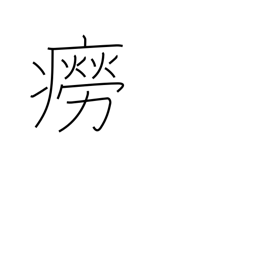
Meaning: rash